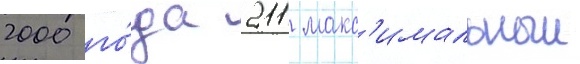
2000 го́да 211 макс'имальныи